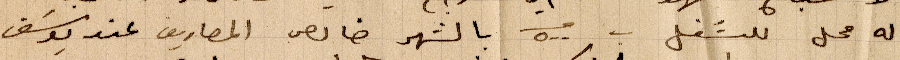
له محل للشغل ب ٥٠٠ بالشهر خالص المصاريف عند يوسف